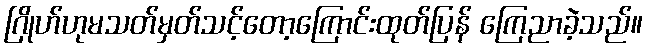
ဂြိုဟ်ဟုမသတ်မှတ်သင့်တော့ကြောင်းထုတ်ပြန် ကြေညာခဲ့သည်။